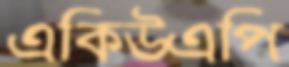
একিউএপি